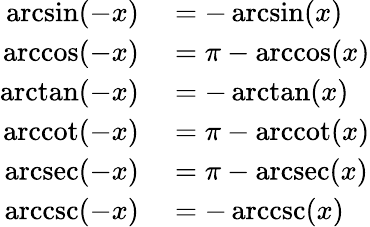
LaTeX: \begin{array}{rl}{\arcsin(-x)}&{{}=-\arcsin(x)}\\ {\operatorname{arccos}(-x)}&{{}=\pi-\operatorname{arccos}(x)}\\ {\arctan(-x)}&{{}=-\arctan(x)}\\ {\operatorname{arccot}(-x)}&{{}=\pi-\operatorname{arccot}(x)}\\ {\operatorname{arcsec}(-x)}&{{}=\pi-\operatorname{arcsec}(x)}\\ {\operatorname{arccsc}(-x)}&{{}=-\operatorname{arccsc}(x)}\end{array}